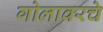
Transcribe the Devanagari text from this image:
गोलावरचे